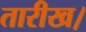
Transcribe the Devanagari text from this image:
तारीख।